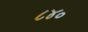
૮૪૦